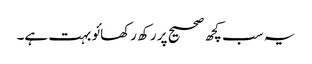
یہ سب کچھ صحیح پر رکھ رکھائو بہت ہے۔